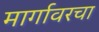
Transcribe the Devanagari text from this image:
मार्गावरचा